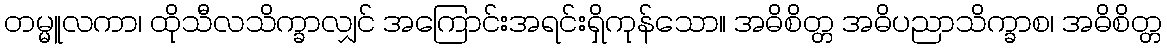
တမ္မူလကာ၊ ထိုသီလသိက္ခာလျှင် အကြောင်းအရင်းရှိကုန်သော။ အဓိစိတ္တ အဓိပညာသိက္ခာစ၊ အဓိစိတ္တ